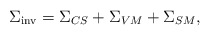
\begin{align*}{\Sigma}_{\rm inv} = {\Sigma}_{CS} + {\Sigma}_{VM} + {\Sigma}_{SM}, \end{align*}